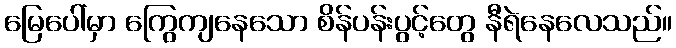
မြေပေါ်မှာ ကြွေကျနေသော စိန်ပန်းပွင့်တွေ နီရဲနေလေသည်။